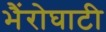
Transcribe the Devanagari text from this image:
भैंरोघाटी